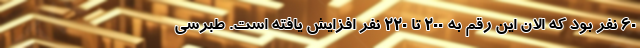
۶۰ نفر بود که الان این رقم به ۲۰۰ تا ۲۲۰ نفر افزایش یافته است. طبرسی